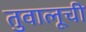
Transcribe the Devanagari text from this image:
तुवालूची